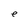
Character: e